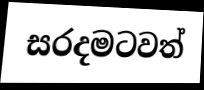
සරදමටවත්